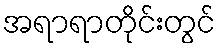
အရာရာတိုင်းတွင်